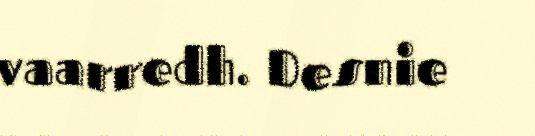
vaarredh. Desnie